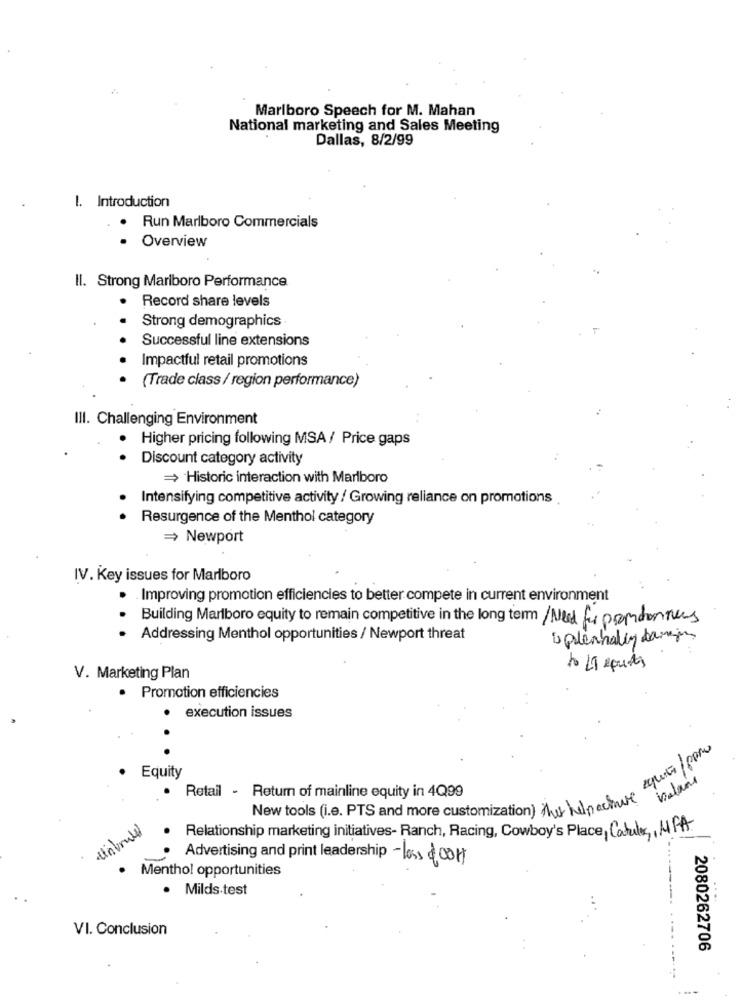
Marlboro Speech for M. Mahan
National marketing and Sales Meeting
Dallas, 8/2/99
I. Introduction
.
Run Marlboro Commercials
Overview
Il. Strong Marlboro Performance
Record share levels
Strong demographics
Successful line extensions
Impactful retail promotions
(Trade class / region performance)
III. Challenging Environment
. Higher pricing following MSA / Price gaps
Discount category activity
= Historic interaction with Marlboro
Intensifying competitive activity / Growing reliance on promotions
Resurgence of the Menthol category
= Newport
IV. Key issues for Marlboro
. Improving promotion efficiencies to better compete in current environment
Building Marlboro equity to remain competitive in the long term / Ned for promdennis
Addressing Menthol opportunities / Newport threat
is plenhaliny banan
to 19 spurts
V. Marketing Plan
· Promotion efficiencies
execution issues
..
equity/paro
· Equity
balans
Retail - Return of mainline equity in 4Q99
New tools (i.e. PTS and more customization) the helpochmere
unbrudd
Relationship marketing initiatives- Ranch, Racing, Cowboy's Place, Catules, MFA
Advertising and print leadership - loss &00H
Menthol opportunities
Milds test
VI. Conclusion
2080262706
...